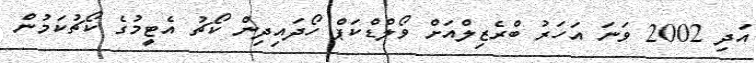
އަދި 2002 ވަނަ އަހަރު ބްރެޒިލްއަށް ވޯލްޑްކަޕް ހޯދައިދިން ކޯޗު އެޓީމުގެ ކޯޗުކަމުން